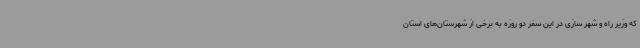
که وزیر راه و شهر سازی در این سفر دو روزه به برخی از شهرستان‌های استان